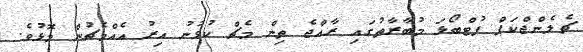
ޗެލެންޖްކަޕް ފުޓްބޯޅަ މުބާރާތުގައި ރާއްޖެ ތިން މެޗް ކުޅުނު އިރު އެއްމެޗުން މޮޅުވެ.